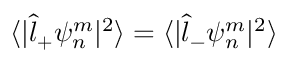
\langle | \hat { l } _ { + } \psi _ { n } ^ { m } | ^ { 2 } \rangle = \langle | \hat { l } _ { - } \psi _ { n } ^ { m } | ^ { 2 } \rangle